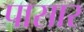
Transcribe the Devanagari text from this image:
पासार